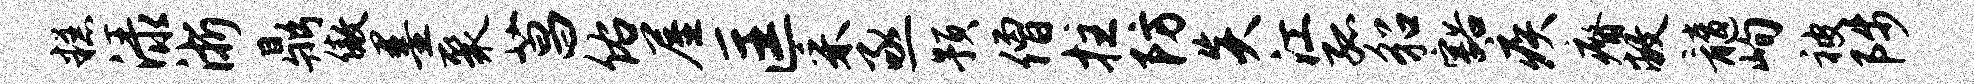
糕渌浙鼎傲墨聚菖佑屋匡采亟预僧拄防炎江孤貂豁疾瘠敝髓峋被陟